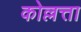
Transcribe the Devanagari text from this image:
कोल्लत्ता